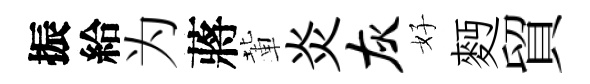
振給为蔣輩炎灰好麪貿